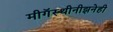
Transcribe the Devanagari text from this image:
मीगॅस्थीनीझनेही